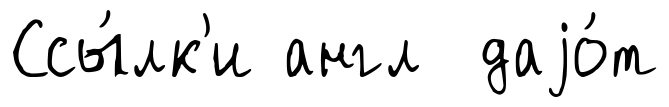
Ссы́лк'и англ даjо́т